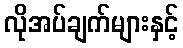
လိုအပ်ချက်များနှင့်